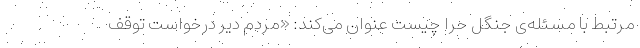
مرتبط با مسئله‌ی جنگل حرّا چیست عنوان می‌کند: «مردم دیّر درخواست توقف